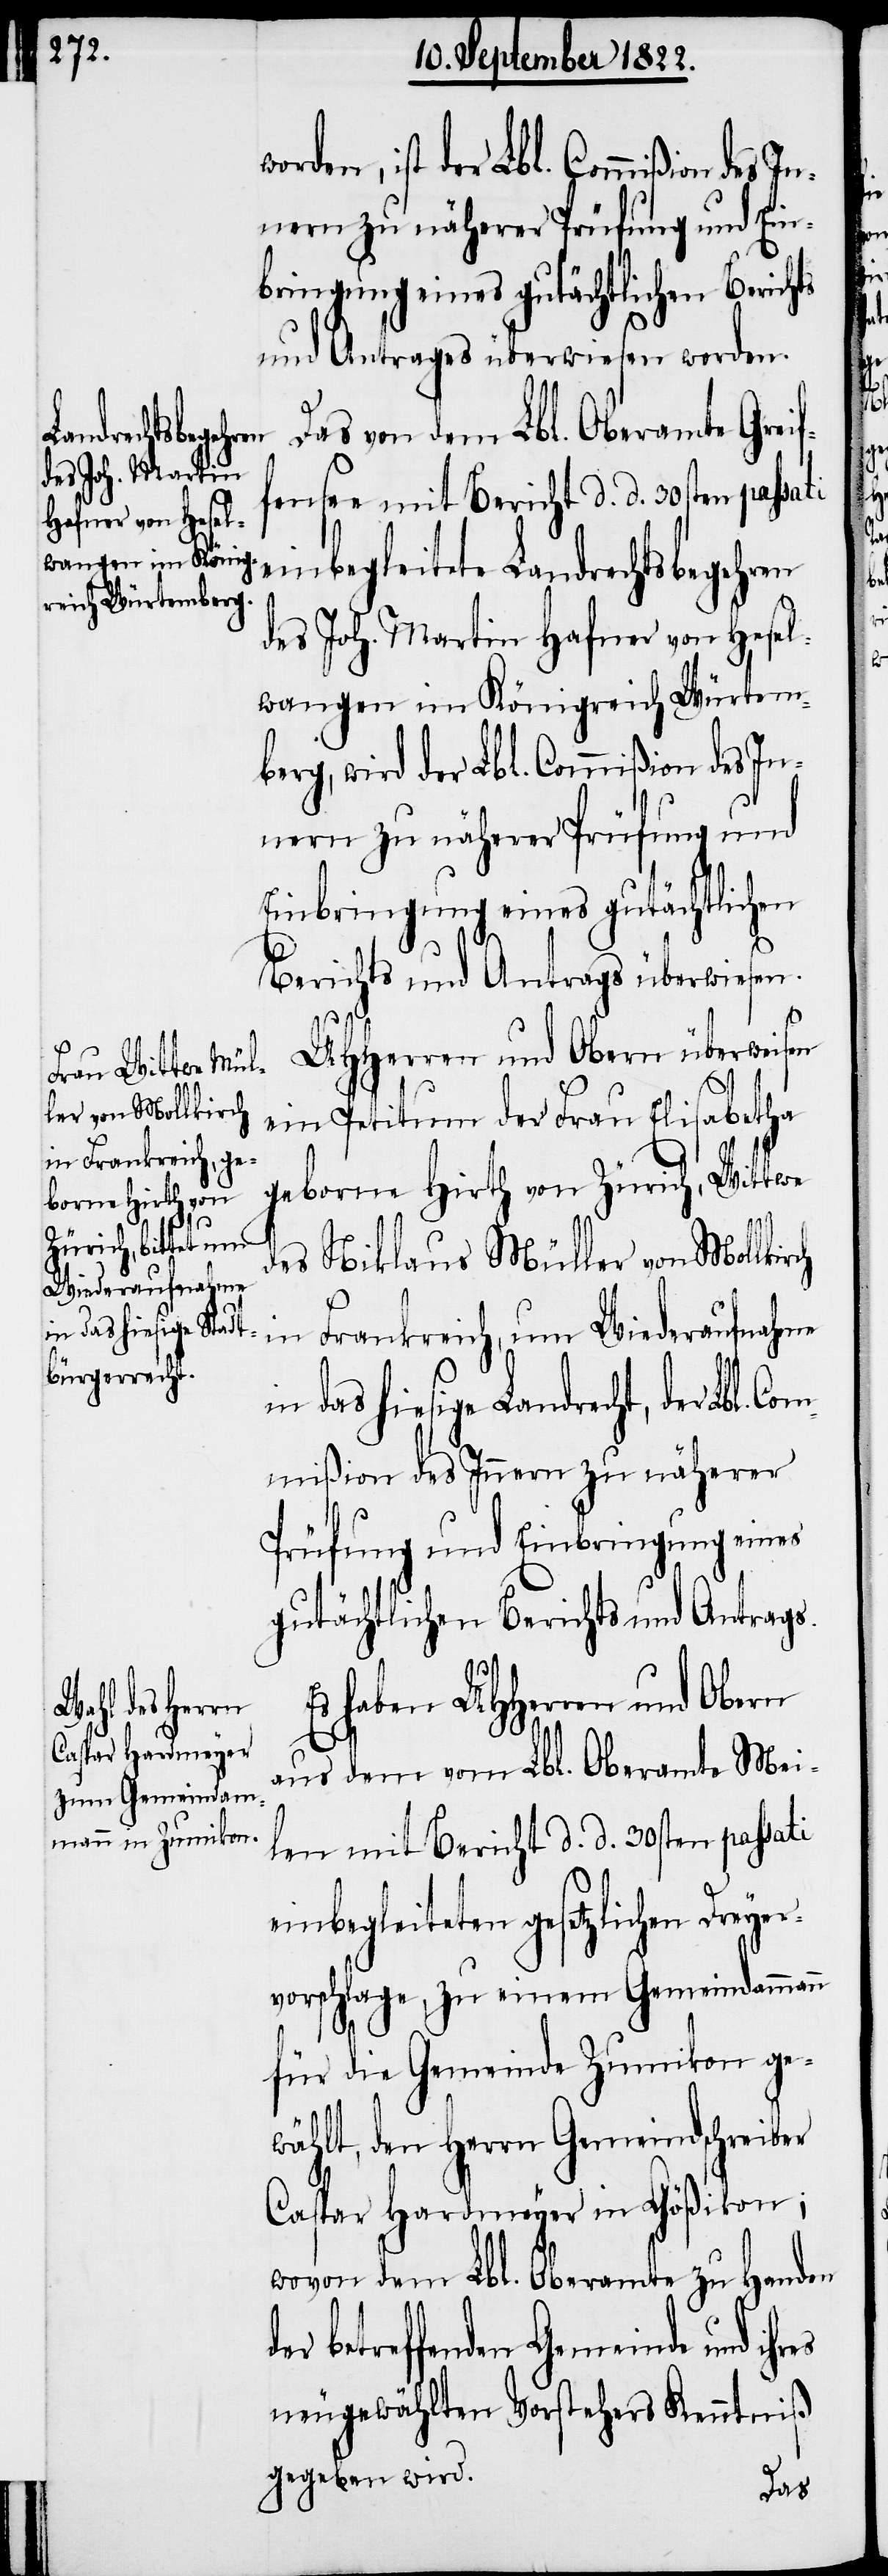
orden, ist der Lbl. Commißion des I¬
nnern zu näherer Prüfung und Ein¬
bringung eines gutächtlichen Berichts
und Antrages überwiesen worden.
Das von dem Lbl. Oberamte Greif¬
fensee mit Bericht d. d. 30sten pass¬
es
einbegleitete Landrechtsbegehren
des Joh. Marin Hafner von Hesel¬
wangen im Königreich Würtem¬
berg, wird der Lbl. Commißion des In¬
nern zu näherer Prüfung und
Einbringung eines gutächtlichen
Berichts und Antrages überwiesen.
UHHerrn und Obern überweisen
ein Petitum der Frau Elisabetha
in Frankreich, um
borene Hirth von Zürich, Wittwe
Co¬
des Niklaus Müller von Mollkirch
Wiederaufnahme
in das hiesige Landrecht, der Lbl.
mmißion des Innern zu näherer
Prüfung und Einbringung eines
gutächtlichen Berichts und Antrags.
Es haben UHHerrn und Obern
aus dem Lbl. Oberamte Mei¬
len mit Bericht d. d. 30sten passati
einbegleiteten gesetzlichen Dreyer¬
vorschlage, zu einem Gemeindammann
für die Gemeinde Zumikon ge¬
wählt, den Herrn Gemeindschreiber
Caspar Hardmeyer in Gößikon;
wovon dem Lbl. Oberamte zu Handen
betreffenden Gemeinde und ihr¬
neugewählten Vorstehers Kenntniß
gegeben wird.